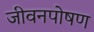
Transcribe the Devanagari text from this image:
जीवनपोषण